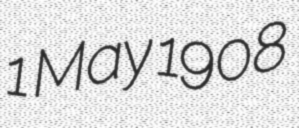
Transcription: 1 May 1908